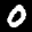
Label: 0